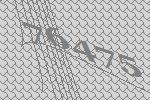
76475